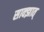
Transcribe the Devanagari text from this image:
साक्झात्